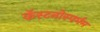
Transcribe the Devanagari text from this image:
कॅस्टनोस्पर्मम